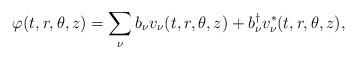
LaTeX: \begin{align*}\varphi(t,r,\theta,z)=\sum_{\nu}b_{\nu}v_{\nu}(t,r,\theta,z)+b_{\nu}^{\dag}v_{\nu}^{*}(t,r,\theta,z), \end{align*}